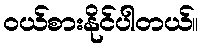
၀ယ်စားနိုင်ပါတယ်။